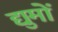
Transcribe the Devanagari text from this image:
द्युमों